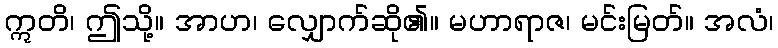
ဣတိ၊ ဤသို့။ အာဟ၊ လျှောက်ဆို၏။ မဟာရာဇ၊ မင်းမြတ်။ အလံ၊